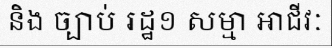
និង ច្បាប់ រដ្ឋ១ សម្មា អាជីវៈ